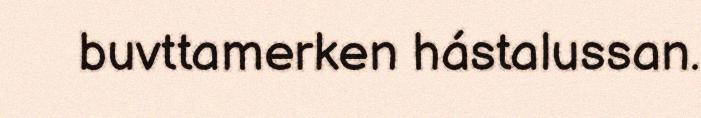
buvttamerken hástalussan.